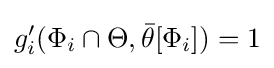
g'_{i}(\Phi _{i}\cap \Theta ,{\bar {\theta }}[\Phi _{i}])=1